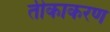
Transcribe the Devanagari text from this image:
तीकाकरण